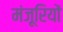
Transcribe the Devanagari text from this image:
मंजूरियों